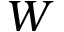
W